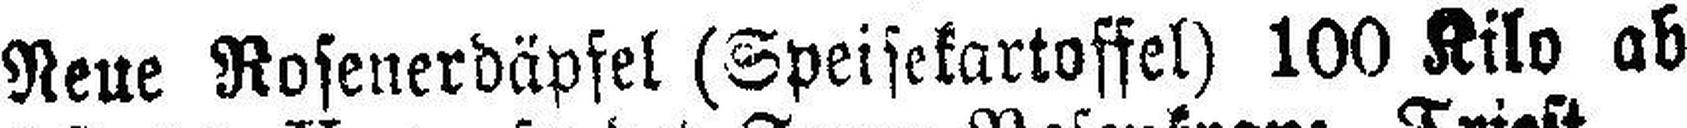
Neue Rosenerdäpfel (Speisekartoffel) 100 Kilo ab